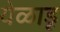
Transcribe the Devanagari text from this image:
येळाडू